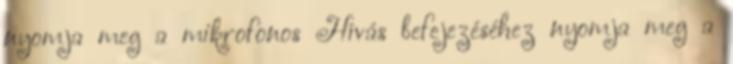
nyomja meg a mikrofonos Hívás befejezéséhez nyomja meg a